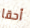
أحقا